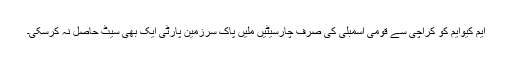
ایم کیوایم کو کراچی سے قومی اسمبلی کی صرف چارسیٹیں ملیں پاک سرزمین پارٹی ایک بھی سیٹ حاصل نہ کرسکی۔